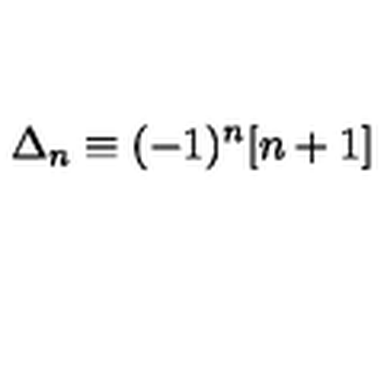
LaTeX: \Delta _ { n } \equiv ( - 1 ) ^ { n } [ n + 1 ]